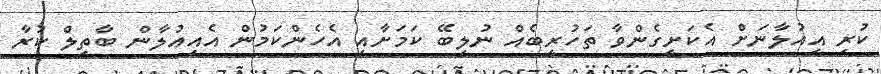
ކުރި އިއުލާނަށް އެކަށީގެންވާ ތަހުރީބެއް ނުލިބޭ ކަމަށާއި އެހެންކަމުން އެއިއުލާން ބާތިލް ކުރާ